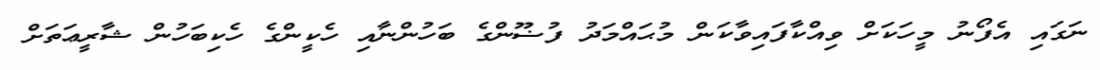
ނަގައި އެފޯނު މީހަކަށް ވިއްކާފައިވާކަން މުޙައްމަދު ފުޟޫންގެ ބަހުންނާއި ހެކީންގެ ހެކިބަހުން ޝާރީޢަތަށް